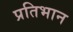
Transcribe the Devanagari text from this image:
प्रतिभान